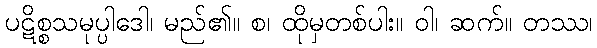
ပဋိစ္စသမုပ္ပါဒေါ၊ မည်၏။ စ၊ ထိုမှတစ်ပါး။ ဝါ၊ ဆက်။ တဿ၊